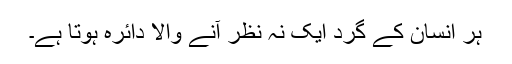
ہر انسان کے گرد ایک نہ نظر آنے والا دائرہ ہوتا ہے۔